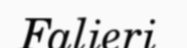
Falieri